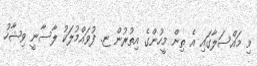
މި މައްސަލާގައި އެ ތިން މީހުންގެ އިތުރުން ޏ. ފުވައްމުލަކު ލާސާނީ ވިޝާހު